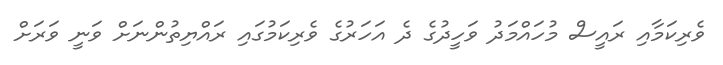
ވެރިކަމާއި ރައީސް މުހައްމަދު ވަހީދުގެ ދެ އަހަރުގެ ވެރިކަމުގައި ރައްޔިތުންނަށް ވަނީ ވަރަށް